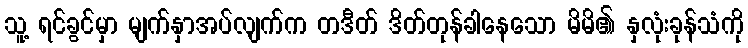
သူ့ ရင်ခွင်မှာ မျက်နှာအပ်လျက်က တဒီတ် ဒိတ်တုန်ခါနေသော မိမိ၏ နှလုံးခုန်သံကို